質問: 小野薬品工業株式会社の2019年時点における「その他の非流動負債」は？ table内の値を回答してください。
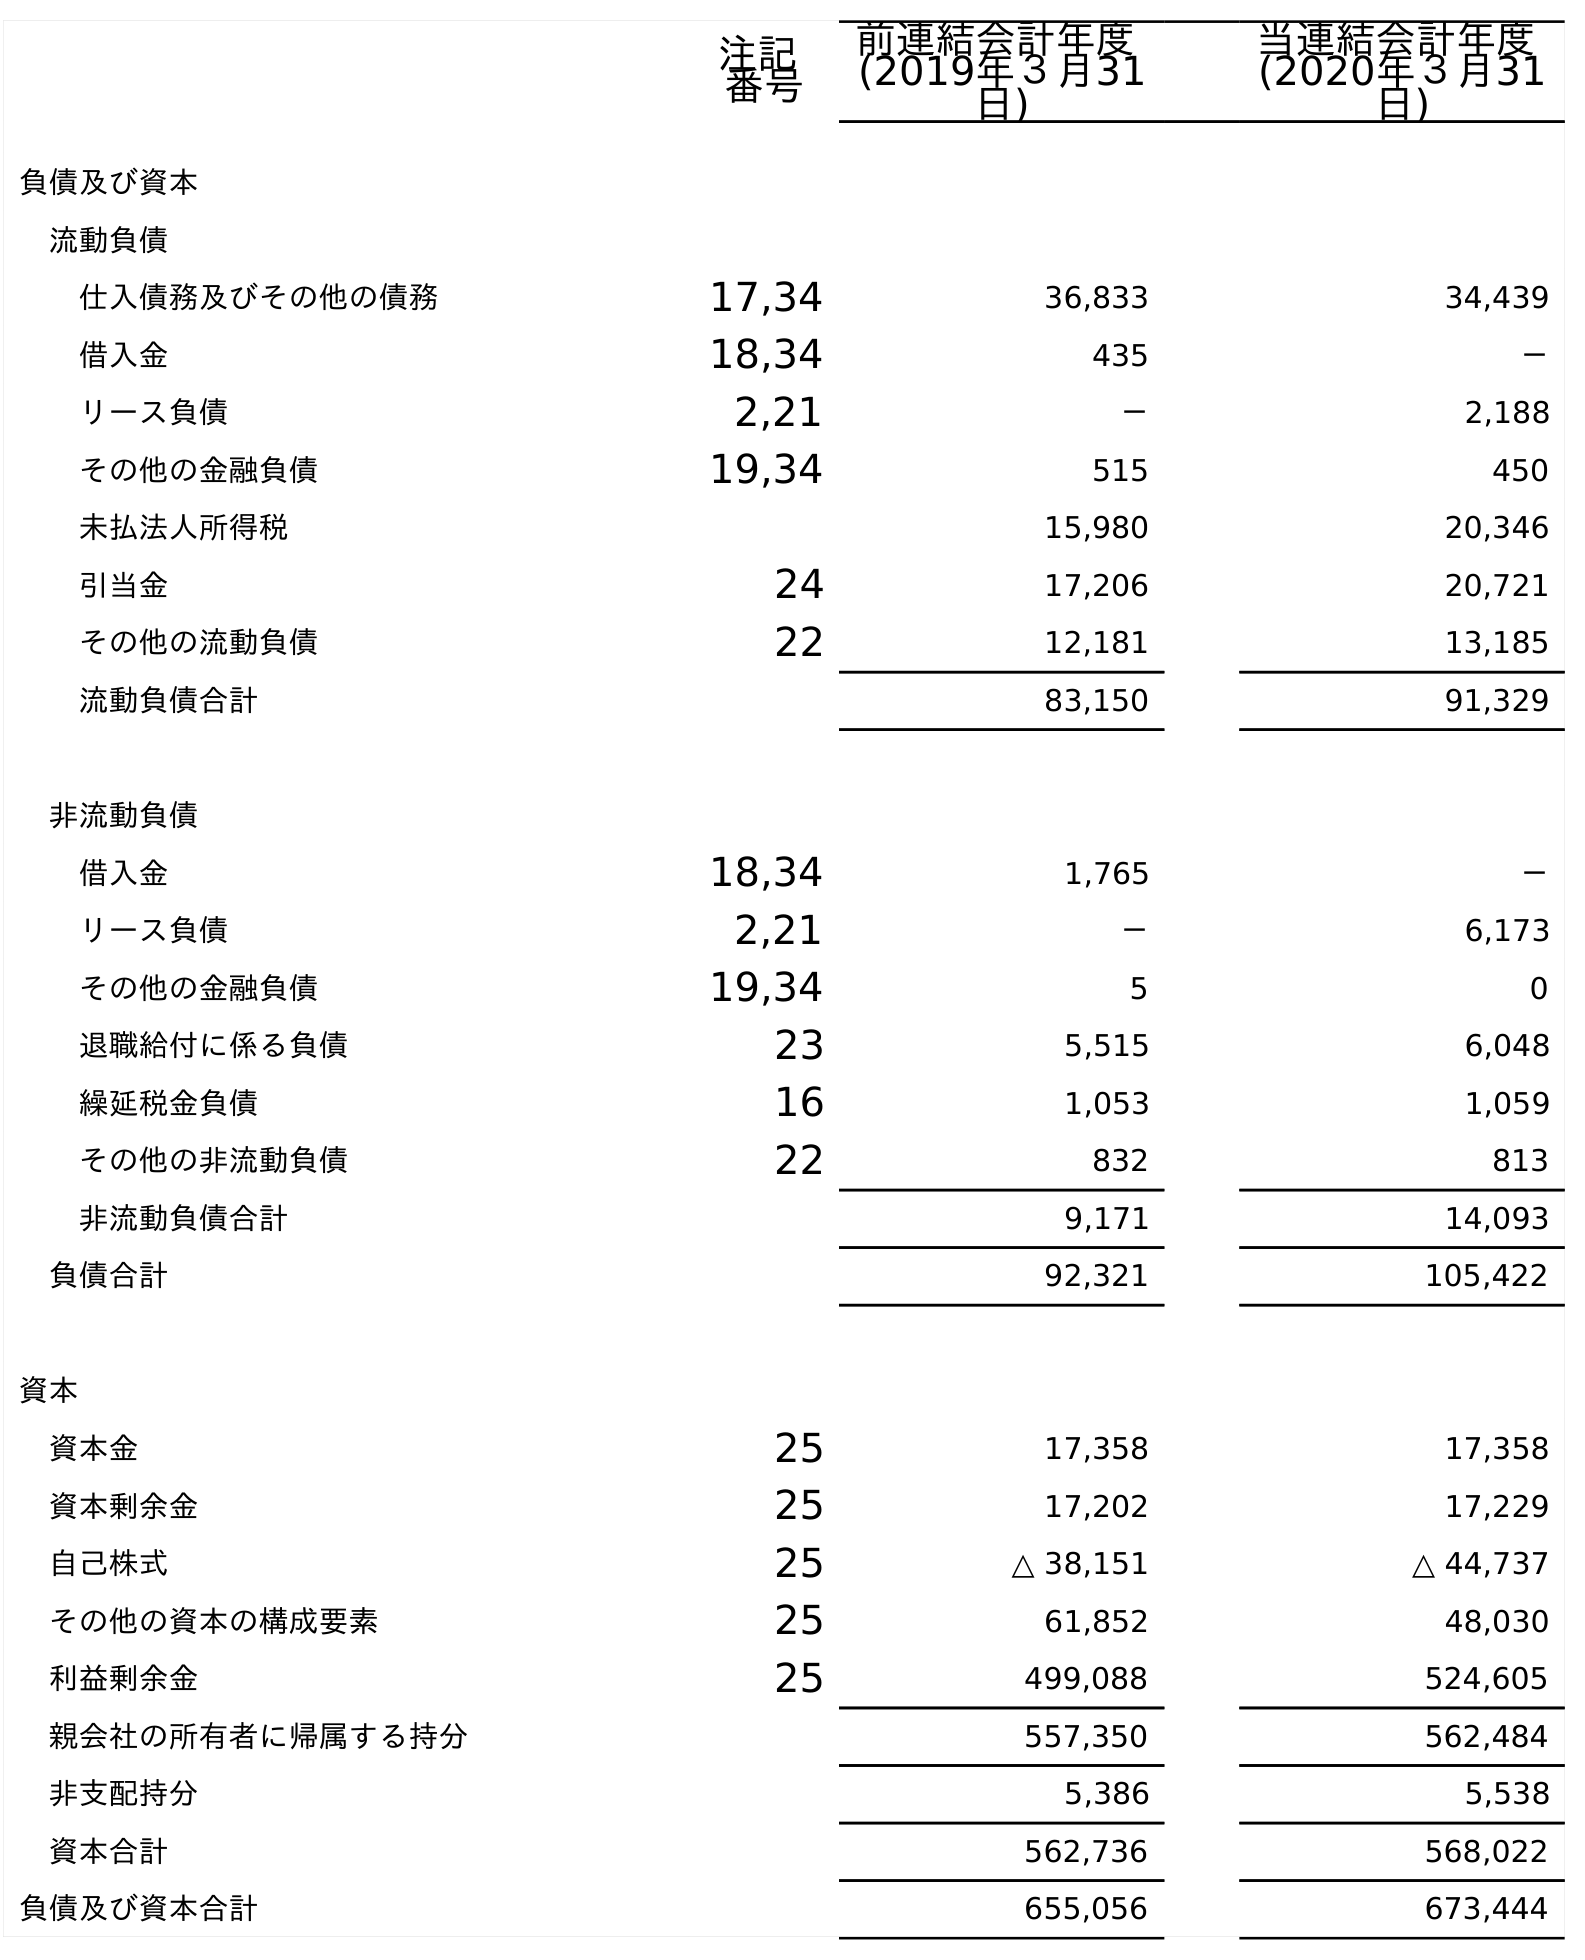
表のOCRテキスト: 注記 番号 前連結会計年度 (2019年３月31 日) 当連結会計年度 (2020年３月31 日) 負債及び資本 流動負債 仕入債務及びその他の債務 17,34 36,833 34,439 借入金 18,34 435 － リース負債 2,21 － 2,188 その他の金融負債 19,34 515 450 未払法人所得税 15,980 20,346 引当金 24 17,206 20,721 その他の流動負債 22 12,181 13,185 流動負債合計 83,150 91,329 非流動負債 借入金 18,34 1,765 － リース負債 2,21 － 6,173 その他の金融負債 19,34 5 0 退職給付に係る負債 23 5,515 6,048 繰延税金負債 16 1,053 1,059 その他の非流動負債 22 832 813 非流動負債合計 9,171 14,093 負債合計 92,321 105,422 資本 資本金 25 17,358 17,358 資本剰余金 25 17,202 17,229 自己株式 25 △ 38,151 △ 44,737 その他の資本の構成要素 25 61,852 48,030 利益剰余金 25 499,088 524,605 親会社の所有者に帰属する持分 557,350 562,484 非支配持分 5,386 5,538 資本合計 562,736 568,022 負債及び資本合計 655,056 673,444
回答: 832